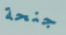
جنحة